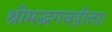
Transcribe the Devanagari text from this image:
श्रीमद्भगवद्गीता।